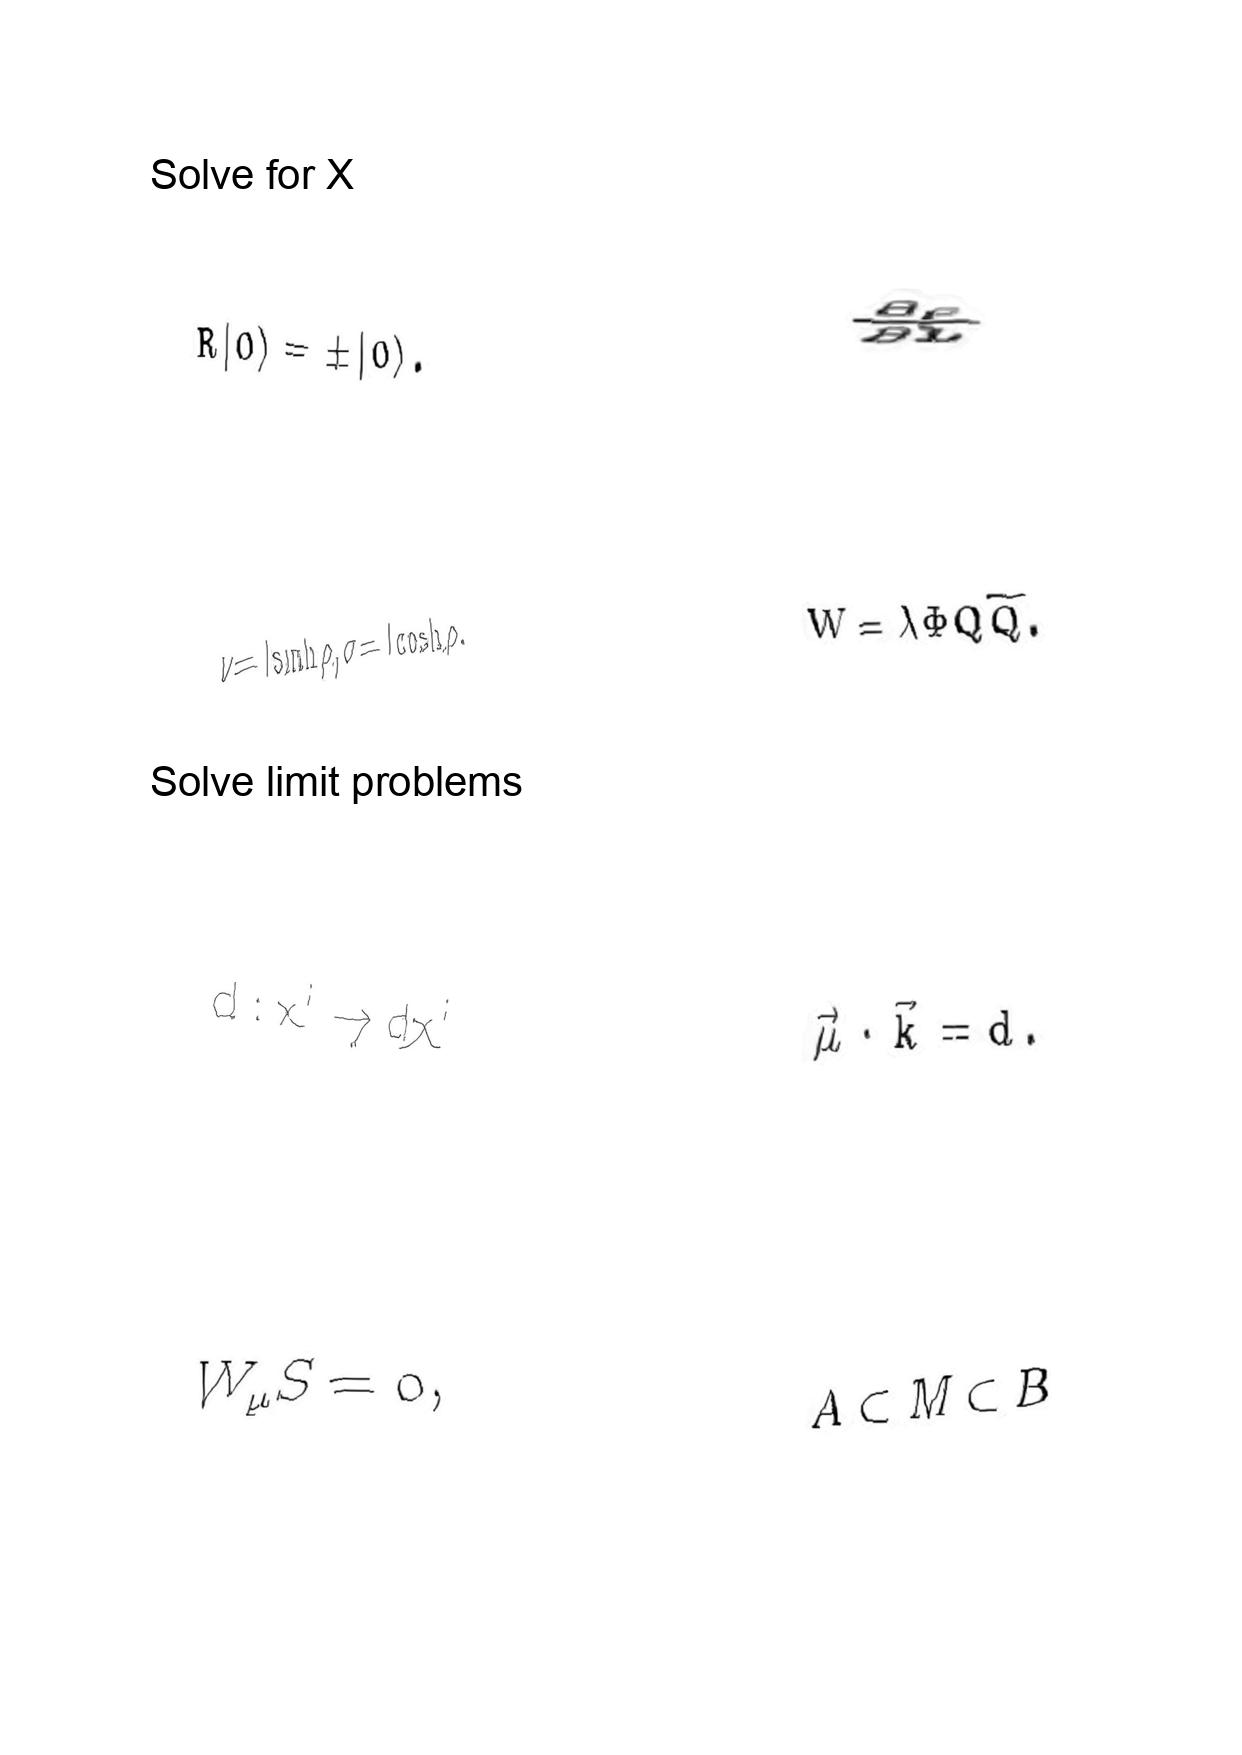
LaTeX transcription:
R \vert 0 \rangle = \pm \vert 0 \rangle .
\nu = l \sinh \rho , \sigma = l \cosh \rho .
d : x ^ { i } \rightarrow d x ^ { i }
W _ { \mu } S = 0 ,
\frac { \partial \rho } { \partial L }
W = \lambda \Phi Q \tilde { Q } .
\vec { \mu } \cdot \vec { k } = d .
A \subset M \subset B